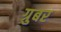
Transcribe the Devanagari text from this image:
ग्रुबर